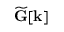
\widetilde { \mathbf { G } } [ \mathbf { k } ]